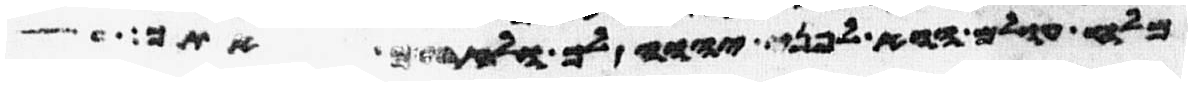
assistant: מלח עולם הוא לפני יהוה לך ולזרעך אתך